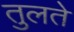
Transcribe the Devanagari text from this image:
तुलते